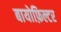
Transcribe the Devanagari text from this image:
बायोफ़िल्टर